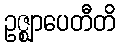
ဥဇ္ဈာပေတီတိ